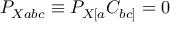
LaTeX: P _ { X a b c } \equiv P _ { X [ a } C _ { b c ] } = 0